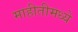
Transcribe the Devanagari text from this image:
माहीतीमध्ये